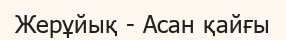
Жерұйық - Асан қайғы